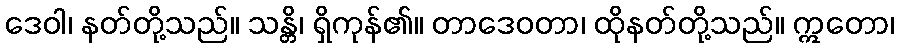
ဒေဝါ၊ နတ်တို့သည်။ သန္တိ၊ ရှိကုန်၏။ တာဒေဝတာ၊ ထိုနတ်တို့သည်။ ဣတော၊